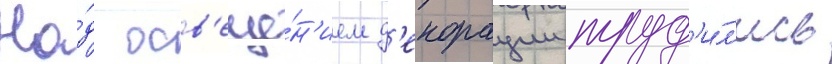
На́д осв'еще́н'ием д'екорации труд'и́л'ись